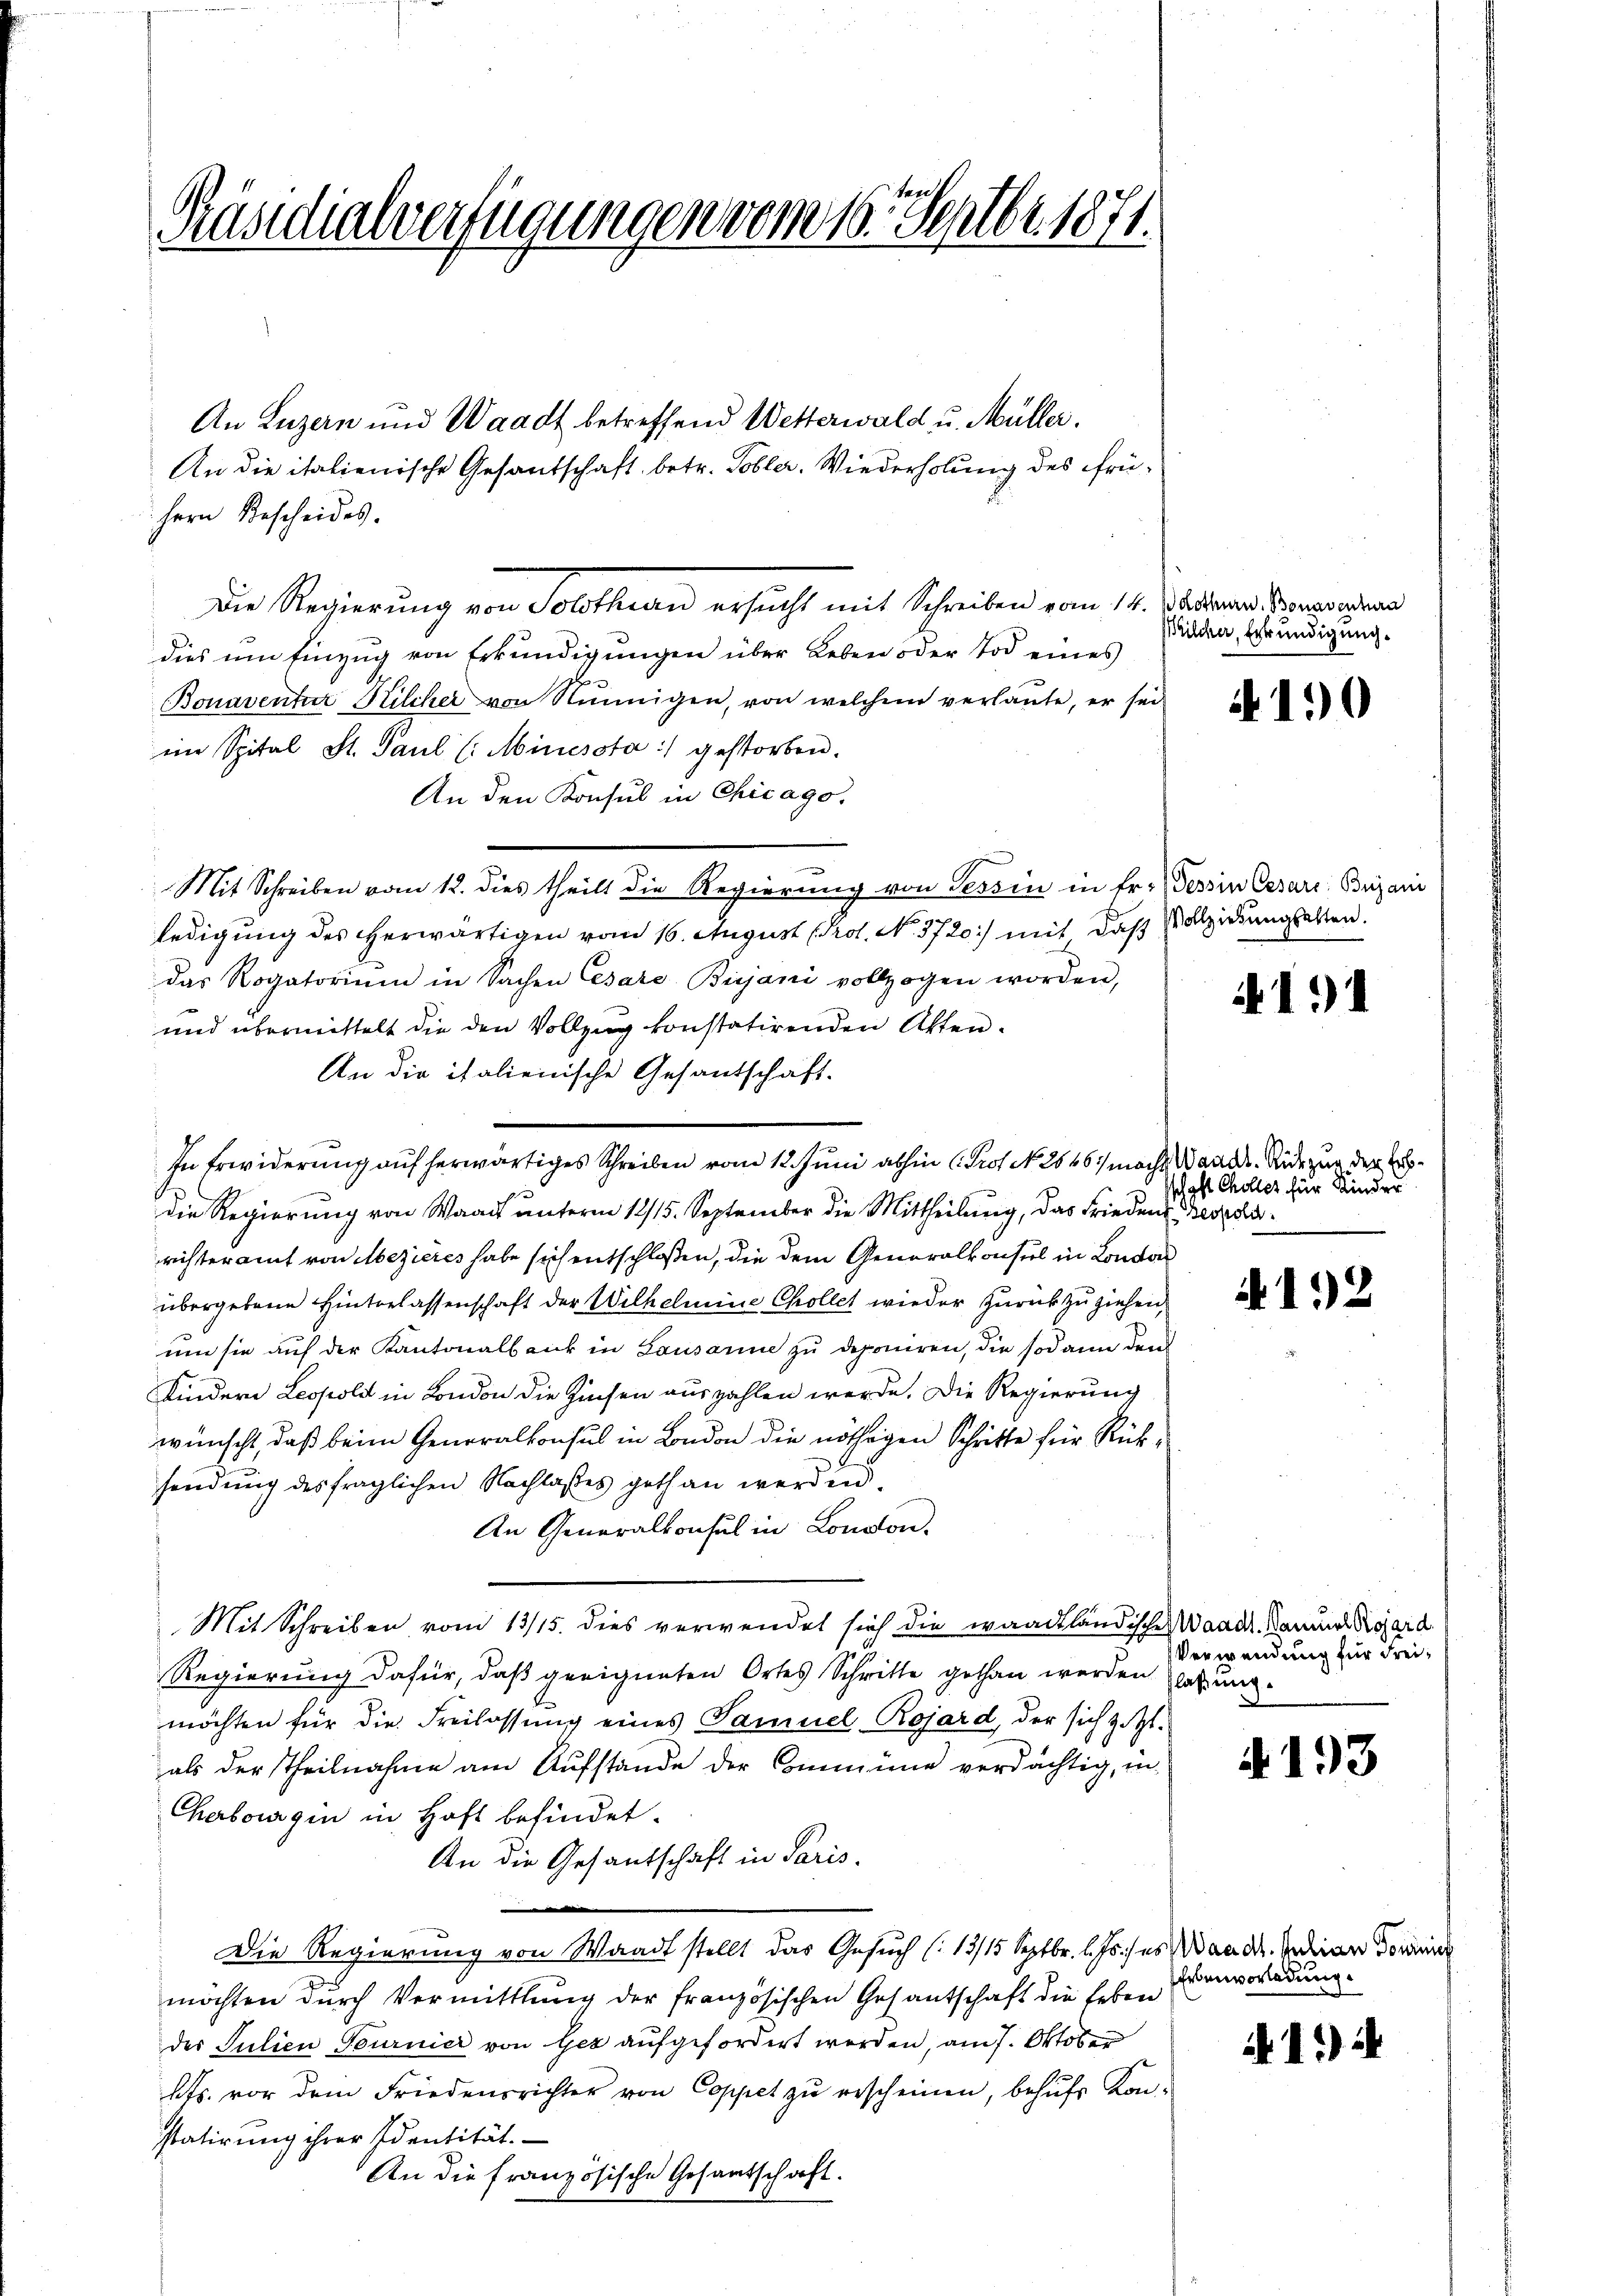
Präsidialverfügungen vom 16. Septbr. 1871.

hern Bescheides.
Die Regierung von Solothurn ersucht mit Schreiben vom 14. Julierer Verwan
dies um Einzug von Erkundigungen über Leben oder Tod eines
Bonaventur Kilcher von Ninigen, von welchem verlaute, er sei
ein Spital St. Paul (:Mincsota :/ gestorben.
An den Konsul in Chicago,
.
Mit Schreiben vom 12. dies theilt die Regierŭng von Tessin in Fr. Tessin Cesare Bezans
ledigung des erwärtigen vom 16. August [Prot. No. 3720.) mit das Vollziehungsalten.
das Rogatorium in Sachen Cesare Bejani vollzogen worden,
und übermittelt die den Vollzug konstatirenden Akten.
An die italienische Gesantschaft.
.
die Regierung von Waadt unterm 12/15. September die Mittheilŭng, das Frieden Beredirichteramt von Mezieres habe sich entschloßen, die dem Generalkonsul in Londo
übergebene Hinterlassenschaft der Wilhelmine Collet wieder zurückzuziehen,
um sie auf der Kantonalbank in Lausanne zu deponiren, die sodann den
Kindern Leopold in London die Zinsen auszahlen werde. Die Regierung
wünscht, daß beim Generalkonsul in London die nöthigen Schritte für Rüksendung des fraglichen Nachlaßes gethan werden.
An Generalkonsul in London.
Mit Schreiben vom 13/15. dies verwendet sich die waadtländisches Waadt Samuel Kojard
Regierung dafür, daß geeigneten Ortes Schritte gethan werden lassung.
möchten für die Freilassung eines Samuel Rojard, der sich zit.
als der Theilnahme am Aufstände der Commüne verdächtig, in
Cherborgin in Haft befindet.
An die Gesandschaft in Paris.

Die Regierung von Waadt stellt das Gesuch (13/15 Septbr. l. Js. ses Wande. Indian Dominer
möchten durch Vermittlung der französischen Gesantschaft die Leben
des Julien Tournier von Gez aufgefordert werden, am 7. Oktober
hts. vor dem Friedensrichter von Coppet zŭ gescheinen, behufs Kon-
statirung ihrer Identität.
An die französische Gesantschaft.

An Luzern und Waadt betreffend Wetterwald u. Müller.
An die italienische Gesantschaft betr. Tobler. Wiederholung des frü¬

In Erwiderung auf herwärtiges Schreiben vom 12. Juni abhin (Prof. No. 2646/ macht Wander Rede zur der Er¬

Wilcker, Erkundigung.

4190

14

hast Choller für Kinder

1.2

Verwendung für Frei¬

A 193

Erbenvorladung.

1)